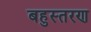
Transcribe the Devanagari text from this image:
बहुस्तरण